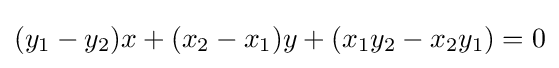
(y_{1}-y_{2})x+(x_{2}-x_{1})y+(x_{1}y_{2}-x_{2}y_{1})=0